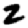
Digit: 2